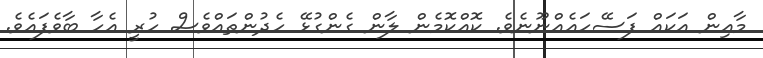
މާއިން އަކައް ފަސޭހައެއްނޫނެވެ. ކޮއްކޮމެން ލާން ގެންގުޅޭ ހެދުންތައްވެސް ހުރީ އެހާ ބާވެފައެވެ.